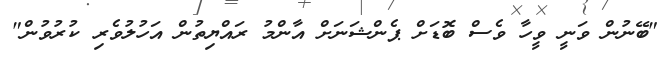
"ބޭނުން ވަނީ ވީހާ ވެސް ބޮޑަށް ޕެންޝަނަށް އާންމު ރައްޔިތުން އަހުލުވެރި ކުރުވުން"